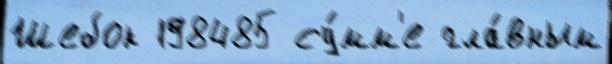
Шебок 198485 су́мм'е гла́вным